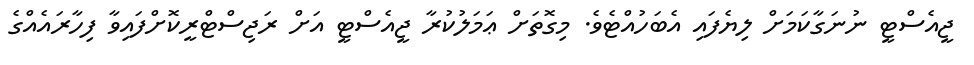
ޖީއެސްޓީ ނުނަގާކަމަށް ލިޔެފައި އެބަހުއްޓެވެ. މިގޮތަށް ޢަމަލުކުރާ ޖީއެސްޓީ އަށް ރަޖިސްޓްރީކޮށްފައިވާ ފިހާރައެއްގެ